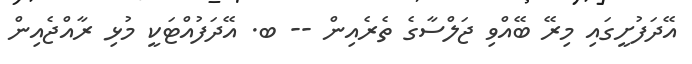
އޭދަފުށީގައި މިރޭ ބޭއްވި ޖަލްސާގެ ތެރެއިން -- ބ. އޭދަފުއްޓަކީ މުޅި ރާއްޖެއިން